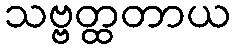
သဗ္ဗတ္ထတာယ